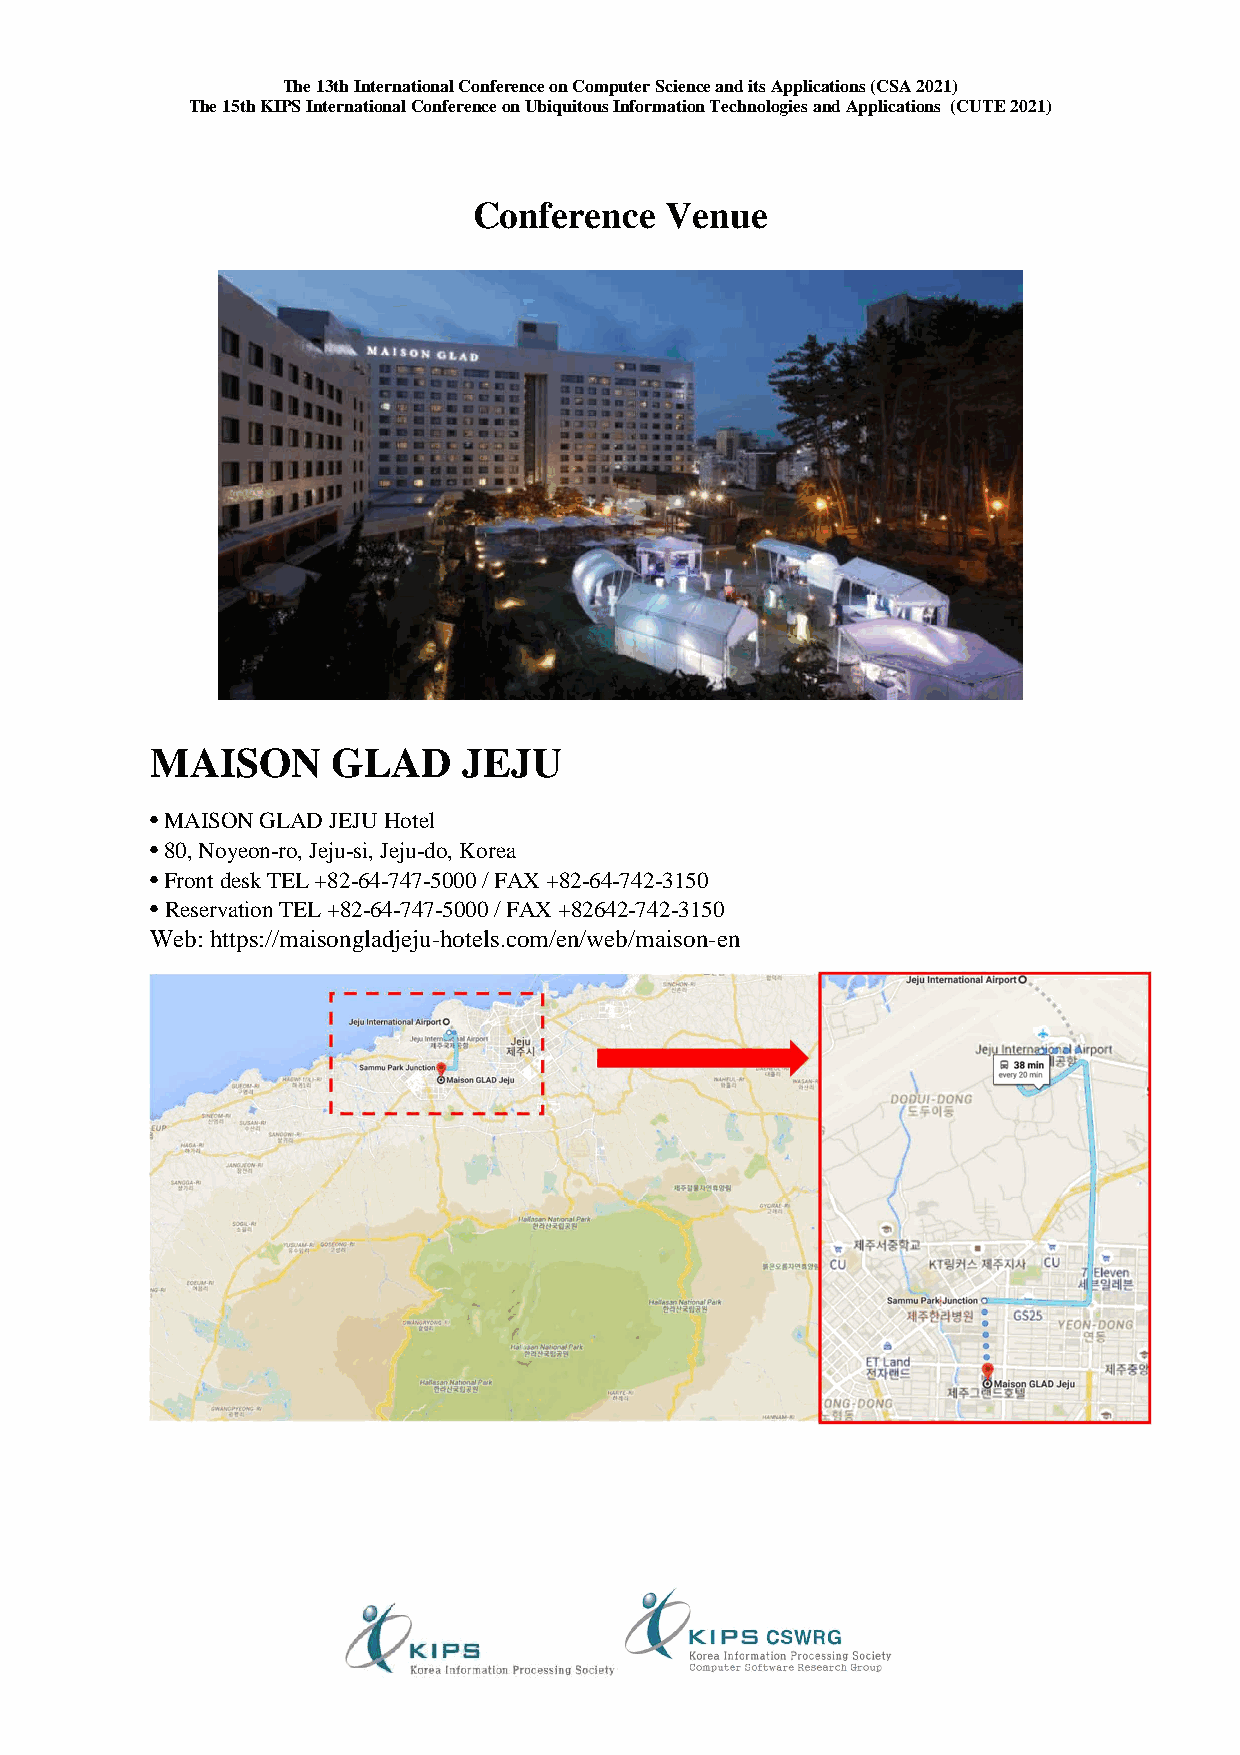
The 13th International Conference on Computer Science and its Applications (CSA 2021)
 The 15th KIPS International Conference on Ubiquitous Information Technologies and Applications (CUTE 2021)
 Conference   Venue
 MAISON      GLAD     JEJU
 • MAISON GLAD JEJU Hotel
 • 80, Noyeon-ro, Jeju-si, Jeju-do, Korea
 • Front desk TEL +82-64-747-5000 / FAX +82-64-742-3150
 • Reservation TEL +82-64-747-5000 / FAX +82642-742-3150
 Web: https://maisongladjeju-hotels.com/en/web/maison-en